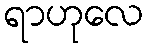
ရာဟုလေ